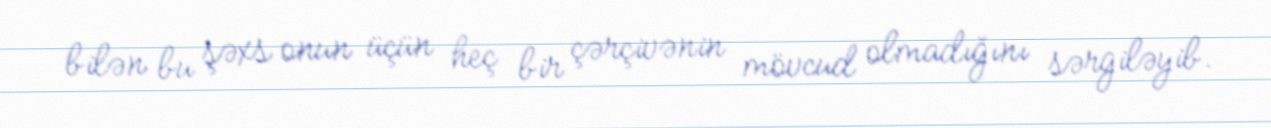
bilən bu şəxs onun üçün heç bir çərçivənin mövcud olmadığını sərgiləyib.